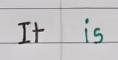
It     is